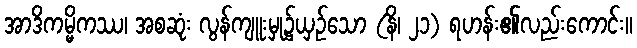
အာဒိကမ္မိကဿ၊ အစဆုံး လွန်ကျူးမှု၌ယှဉ်သော (နိ၊ ၂၁) ရဟန်း၏လည်းကောင်း။